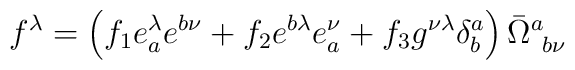
f^\lambda = \left(f_1 e_a^\lambda e^{b \nu}+  f_2 e^{b \lambda} e^\nu_a+ f_3 g^{\nu \lambda} \delta^a_b \right)\bar{\Omega}^a_{~b \nu}